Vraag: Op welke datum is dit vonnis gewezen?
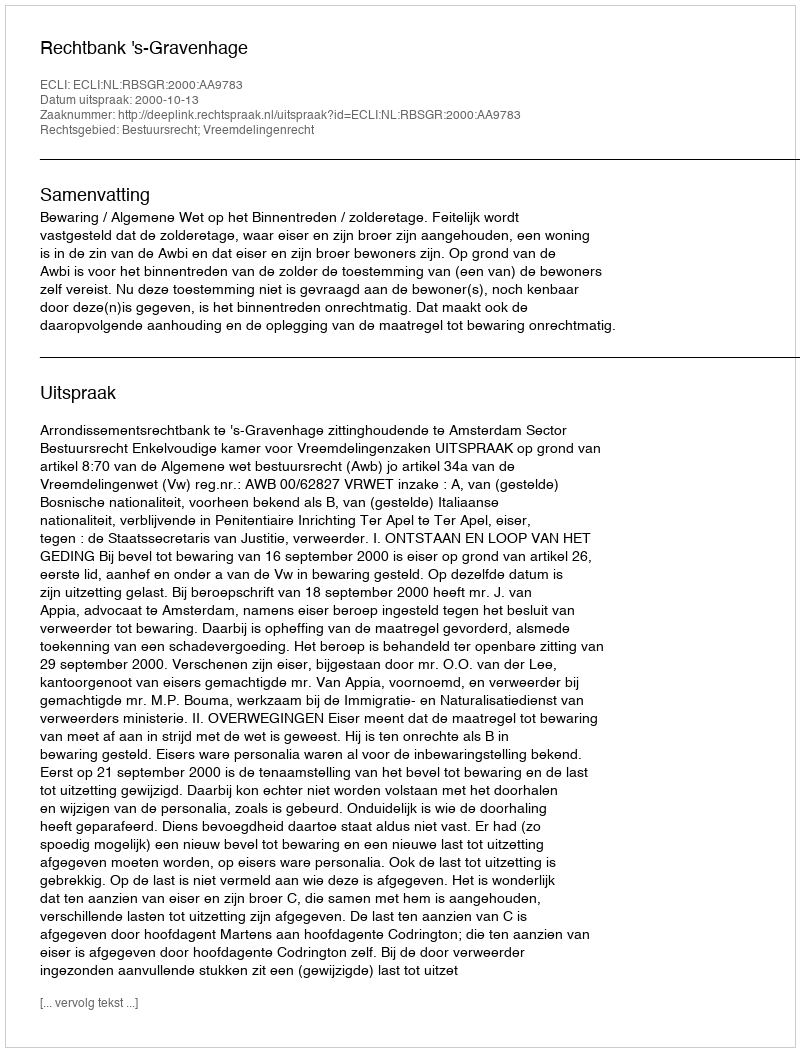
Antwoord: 2000-10-13